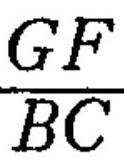
$\frac{GF}{BC}$